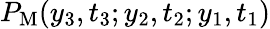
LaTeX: P_{\mathrm{M}}(y_{3},t_{3};y_{2},t_{2};y_{1},t_{1})